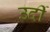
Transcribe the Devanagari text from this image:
उर्दी